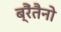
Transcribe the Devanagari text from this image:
ब्रैंतैनो